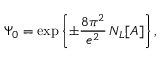
\Psi _ { 0 } = \exp \left\{ \pm \frac { 8 \pi ^ { 2 } } { e ^ { 2 } } \, N _ { L } [ A ] \right\} ,